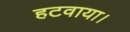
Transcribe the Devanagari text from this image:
हटवाया।